Vabadussoja_Ajaloo_Komitee, lk 64
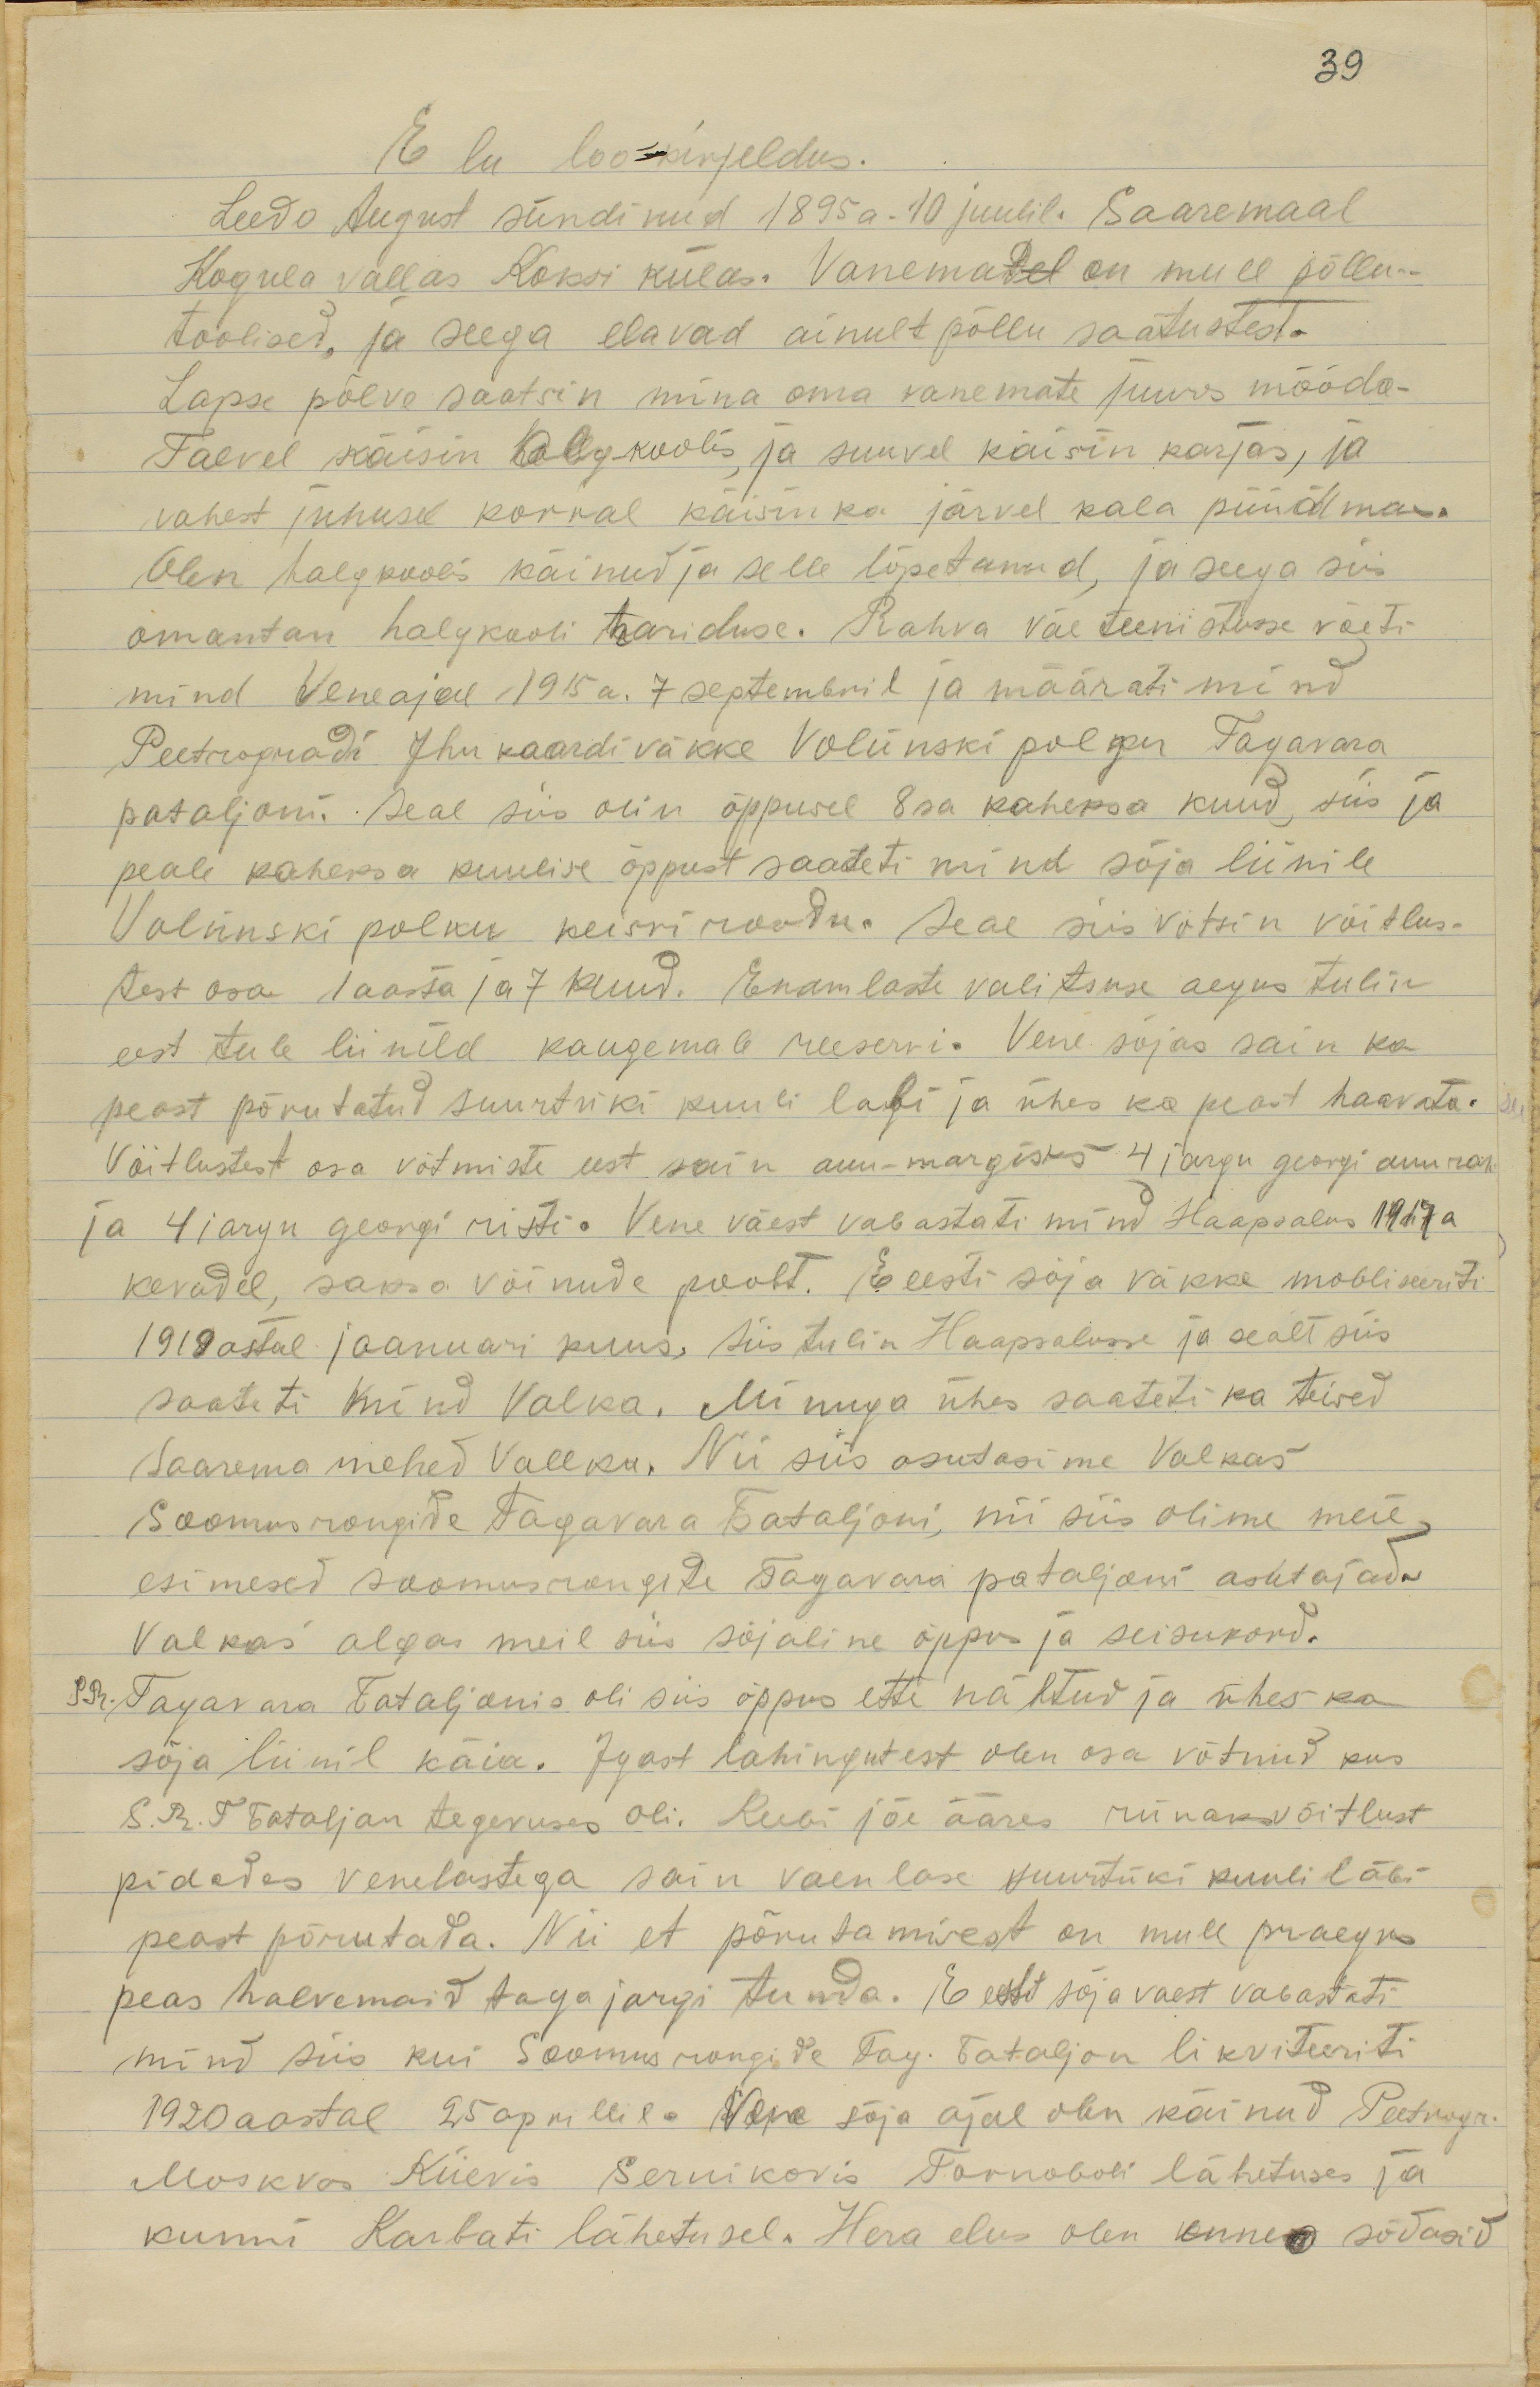
Eluloo kirjeldus.
Leedo August sündinud 1895 a. 10 juulil. Saaremaal
Kogula vallas Kokri külas. Vanemadel on mull põllu-
toolised ja seega elavad ainult põllu saatustest.
Lapse põlve saatsin mina oma vanemate juurs mööda
Talvel käisin halgkoolis ja suuvel käisin karjas, ja
vahest juhusel korral käisin ka järvel kala püüdmas.
Olen halgkooli käinud ja selle lõpetanud, ja seega siis
omantan halgkooli hariduse. Rahva väe teenistusse võeti
mind Vene ajal 1915 a.  7 septembril ja määrati mind
Peetrogradi ihu kaardiväkke Volünski polgus Tagavara
pataljoni. Seal siis olin õppusel 8sa kaheksa kuud, siis ja
peale kaheksa kuulise õppust saadeti mind sõja liinile
Volõnski polku keisri roodu. Seal siis võtsin võitlus-
test osa 1 aasta ja 7 kuud. Enamlaste valitsuse aegus tulin
eest tule liinild kaugemale reeservi. Vene sõjas sain ka
peast põrutatud suurtüki kuuli labi ja ühes ka peast haavata.
Vöitlustest osa võtmiste eest sain auu-margisks 4 jargu georgi auu rah
ja 4 jargu georgi risti. Vene väest vabastati mind Haapsalus 1917 a
kevadel, saksa võimude poolt. E eesti sõja väkke mobiliseeriti
1919 astal jaanuari kuus, siis tulin Haapsalusse ja sealt siis
saateti mind Valka. Minuga ühes saateti ka teised
Saarema mehed Vallka. Nii siis asutasime Valkas
Soomusrongide tagavara Bataljoni, nii siis olime meie
esimesed soomusrongite tagavara pataljoni asutajad.
Valkas algas meil siis sõjaline õppus ja seisukord.
SR. Tagavara Bataljonis oli siis õppus ette nähtud ja ühes ka
sõja liinil käia. Igast lahingutest olen osa võtnud kus
S.R.T. Bataljon tegevuses oli. Rubi jõe ääres rünakvõitlust
pidades venelastega sain vaenlase suurtüki kuuli läbi
peast põrutada. Nii et põrutamisest on mull praegu
peas halvemaid tagajargi tunda. Eesti sõja vaest vabastati
mind siis kui Soomus rongide Tag. Bataljon likvideeriti
1920 aastal 25 aprillil. Vene sõja ajal olen käinud Peetrogr
Moskvas Kiievis Sernikovis Fornoboli lähetuses ja
kunni Karbati lähetusel. Hera elus olen enne sõdasid